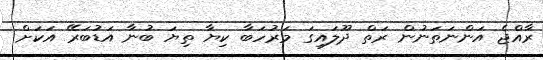
ރާއްޖެ އަންނަތަނުން ރަތް ދޫލައިގަ މަރުހަބާ ކިޔާ ތިޔަ ބުނާ އަޑުބަރޭ އަކަށް